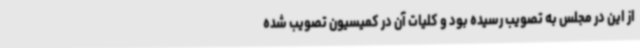
از این در مجلس به تصویب رسیده بود و کلیات آن در کمیسیون تصویب شده